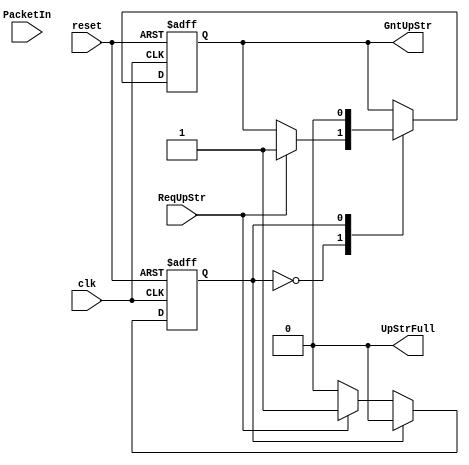

module Collector_010_000
(
clk, 
reset, 
PacketIn, //connect to localpacketOut,
UpStrFull, // connect to localDnStrFull, 
ReqUpStr, // connect to localReqDnStr, 
GntUpStr
);
 // ------------------------ Parameter Declarations --------------------------- //
 //for 3x3 mesh
parameter routerID = 6'b010_000; 
parameter ModuleID =6'b010_000;
parameter packetwidth = 26;// number of bits for data bus
parameter 	WAIT_REQ=1'b0,RECEIVE_DATA=1'b1;
// ------------------------ Inputs Declarations ------------------------------ //
input clk;
input reset;
input ReqUpStr;//  routers' Local Port send request to collector to receive packets -- always receive
// ------------------------ Outputs Declarations ----------------------------- //
output UpStrFull;  // Collector send Full to router -- Always Not full it is the destination
output GntUpStr;  

input [packetwidth-1:0] PacketIn;// output data packet form Local Port to Collector
// --------------------------- Wire Declarations ----------------------------- //
wire clk;
wire reset;
wire ReqUpStr;  // request from Local Port to Collector
wire [packetwidth-1:0] PacketIn;// Input data packet form Local Port
// ------------------------ Registers Declarations --------------------------- //
reg UpStrFull;// Always Not full it is the destination
reg GntUpStr;  
// data buffer register to accept the packet and Indicate its Information
reg [packetwidth-1:0] dataBuf;
//Packet Contents
reg [8:0]     data;
reg [9:0]     PacketID;
reg [15:0]    CYCLE_COUNTER; //Timestamp 
reg  STATE_Collector; //reg [1:0] STATE_Collector;
reg [5:0] SenderID;
//for Simulation log
integer Collector_Log_0;
initial 
   begin 
		PacketID 	<= 0; UpStrFull <= 0; GntUpStr		<=0;
		CYCLE_COUNTER <= 0;	SenderID <= 0; STATE_Collector <= WAIT_REQ;
   end

always @(posedge clk)
   begin 
   CYCLE_COUNTER = CYCLE_COUNTER + 1'b1;   
   end	
//###########################   Modules(PEs) Collector ################################### 
always @(posedge clk or negedge reset)
  begin
    if( !reset)// reset all registers   
      begin 
		PacketID 	<= 0; UpStrFull <= 0; GntUpStr		<=0;
		CYCLE_COUNTER <= 0;	SenderID <= 0; STATE_Collector <= WAIT_REQ;
      end
	else //if (ReqUpStr ) 
		begin 
			UpStrFull <=0; //send UpStrFull to Local Port
				case(STATE_Collector)
				WAIT_REQ:
					begin
						if(ReqUpStr) 
							begin
						    STATE_Collector <= RECEIVE_DATA;	
						    GntUpStr	<=1;
							PacketID 	<= PacketIn[24 : 15];
							SenderID	<= PacketIn[14 : 9];
							data        <= PacketIn[8 : 0 ];
							end			
					end//WAIT_REQ
				RECEIVE_DATA:
					begin
						GntUpStr		<=0;
						STATE_Collector <= WAIT_REQ;
					end // RECEIVE_DATA
				 endcase	
        end // else
  end // always 
endmodule